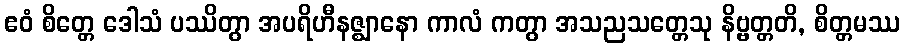
ဧဝံ စိတ္တေ ဒေါသံ ပဿိတွာ အပရိဟီနဇ္ဈာနော ကာလံ ကတွာ အသညသတ္တေသု နိဗ္ဗတ္တတိ, စိတ္တမဿ